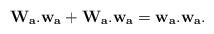
LaTeX: \begin{align*} {\bf W_a. w_a}+ {\bf W_a. w_a}= {\bf w_a.w_a}.\end{align*}